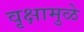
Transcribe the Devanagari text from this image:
वृक्षामुळे